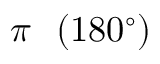
\pi \ \ ( 1 8 0 ^ { \circ } )